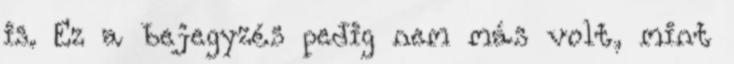
is. Ez a bejegyzés pedig nem más volt, mint